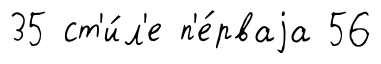
35 ст'и́л'е п'е́рваjа 56